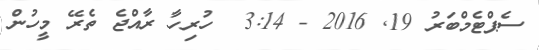
ސެޕްޓެމްބަރު 19